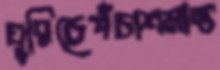
ঘুরিচেপঁচাশমান্ত